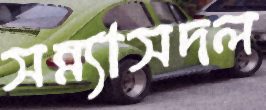
সন্ন্যাসদল